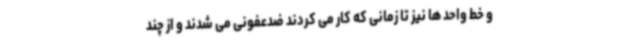
و خط واحد ها نیز تا زمانی که کار می کردند ضدعفونی می شدند و از چند